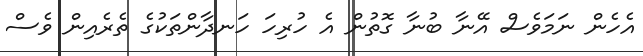
އެހެން ނަމަވެސް އޭނާ ބުނާ ގޮތުން އެ ހުރިހަ ހަނދާންތަކުގެ ތެރެއިން ވެސް